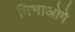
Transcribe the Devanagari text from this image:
निभाओगे